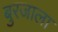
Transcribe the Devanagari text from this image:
बुरजाला